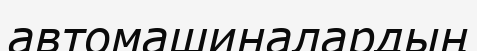
автомашиналардың